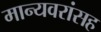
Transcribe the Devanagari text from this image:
मान्यवरांसह